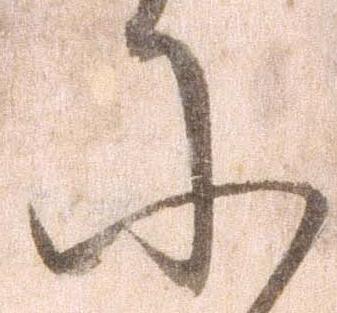
に